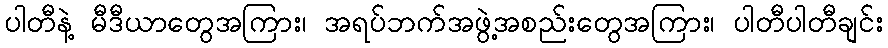
ပါတီနဲ့ မီဒီယာတွေအကြား၊ အရပ်ဘက်အဖွဲ့အစည်းတွေအကြား၊ ပါတီပါတီချင်း